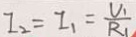
I _ { 2 } = I _ { 1 } = \frac { U _ { 1 } } { R _ { 1 } }